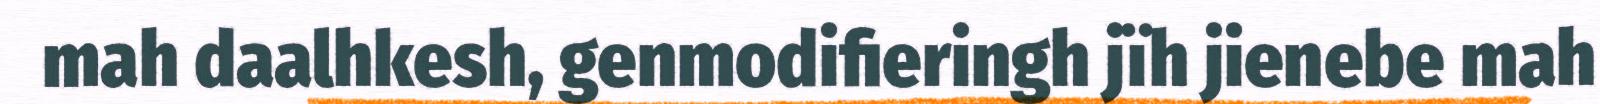
mah daalhkesh, genmodifieringh jïh jienebe mah